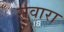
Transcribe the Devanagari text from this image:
सवारा